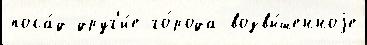
поса́д друг'и́е го́рода возвы́шенноjе